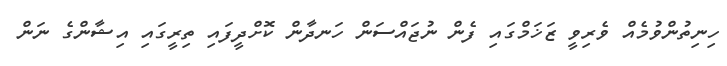
ހިނިތުންވުމެއް ވެރިވީ ޒަޚަމްގައި ފެން ނުޖައްސަން ހަނދާން ކޮށްދީފައި ތިރީގައި އިޝާންގެ ނަން